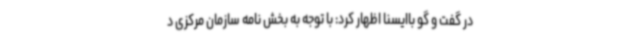
در گفت و گو باایسنا اظهار کرد: با توجه به بخش نامه سازمان مرکزی د